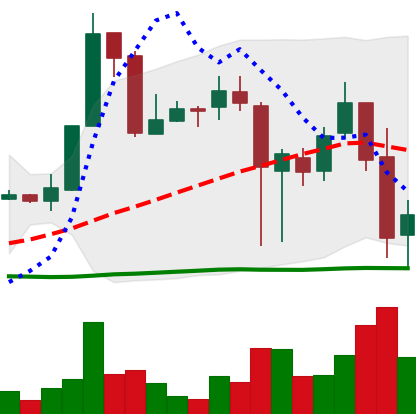
Ticker: XRP-USD
Chart end date: 2018-11-21
Forward return: -20.596%
Label: down_7plus